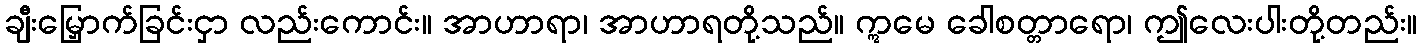
ချီးမြှောက်ခြင်းငှာ လည်းကောင်း။ အာဟာရာ၊ အာဟာရတို့သည်။ ဣမေ ခေါစတ္တာရော၊ ဤလေးပါးတို့တည်း။